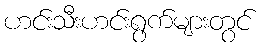
ဟင်းသီးဟင်းရွက်များတွင်